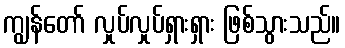
ကျွန်တော် လှုပ်လှုပ်ရှားရှား ဖြစ်သွားသည်။